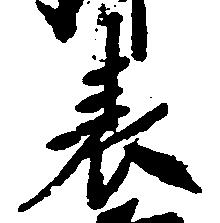
表